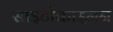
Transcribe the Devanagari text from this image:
साइटोकाइनन